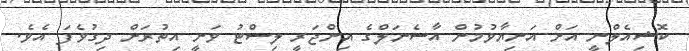
ކޮޝިއެލްނީ އަަށް އަނިޔާވުމުން އާސެނަލްގެ އިންޖަރީ ލިސްޓު ވަނީ އިތުރަށް ދިގުވެފަ އެވެ.